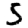
Digit: 5